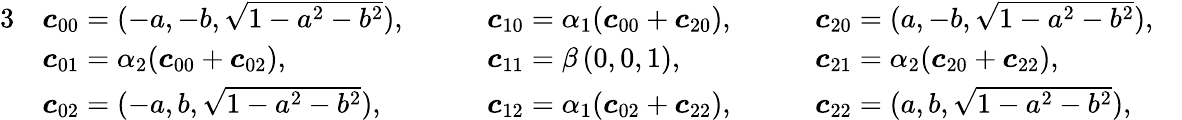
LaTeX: \begin{array}{rlrlrl}{{3}}&{\boldsymbol{c}_{00}=(-a,-b,\sqrt{1-a^{2}-b^{2}}),\quad}&&{\boldsymbol{c}_{10}=\alpha_{1}(\boldsymbol{c}_{00}+\boldsymbol{c}_{20}),\quad}&&{\boldsymbol{c}_{20}=(a,-b,\sqrt{1-a^{2}-b^{2}}),\quad}\\ &{\boldsymbol{c}_{01}=\alpha_{2}(\boldsymbol{c}_{00}+\boldsymbol{c}_{02}),\quad}&&{\boldsymbol{c}_{11}=\beta\, (0,0,1),\quad}&&{\boldsymbol{c}_{21}=\alpha_{2}(\boldsymbol{c}_{20}+\boldsymbol{c}_{22}),\quad}\\ &{\boldsymbol{c}_{02}=(-a,b,\sqrt{1-a^{2}-b^{2}}),\quad}&&{\boldsymbol{c}_{12}=\alpha_{1}(\boldsymbol{c}_{02}+\boldsymbol{c}_{22}),\quad}&&{\boldsymbol{c}_{22}=(a,b,\sqrt{1-a^{2}-b^{2}}),}\end{array}